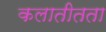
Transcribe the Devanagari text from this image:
कलातीतता